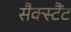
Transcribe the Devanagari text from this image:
सैक्स्टैंट